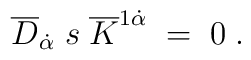
\overline{D}_{\dot{\alpha}}\;s\;\overline{K}^{1\dot{\alpha}}\;=\;0\;.